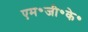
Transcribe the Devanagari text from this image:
एम॰जी॰के॰